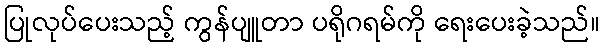
ပြုလုပ်ပေးသည့် ကွန်ပျူတာ ပရိုဂရမ်ကို ရေးပေးခဲ့သည်။